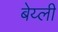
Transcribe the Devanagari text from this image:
बेय्ली